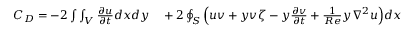
\begin{array} { r l } { C _ { D } = - 2 \int \int _ { V } \frac { \partial u } { \partial t } d x d y } & { { } + 2 \oint _ { S } \Big ( u v + y v \zeta - y \frac { \partial v } { \partial t } + \frac { 1 } { R e } y \nabla ^ { 2 } u \Big ) d x } \end{array}